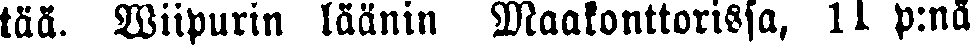
tää. Wiipurin läänin maakonttorissa, 11 p:nä